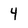
Character: 4